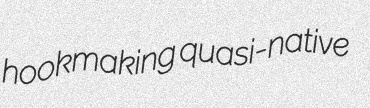
hookmaking quasi-native